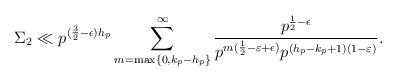
LaTeX: \begin{align*}\Sigma_2 \ll p^{(\frac{3}{2}-\epsilon) h_p } \sum_{m= \max\{0,k_p-h_p\} }^{\infty} \frac{ p^{\frac{1}{2}-\epsilon} }{ p^{m( \frac{1}{2}-\varepsilon+\epsilon)} p^{( h_p-k_p+1)(1-\varepsilon)} }.\end{align*}